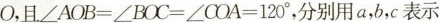
O，且$$∠ A O B =∠ B O C = ∠ C O A = 1 2 0 °$$，分别用a，b，c表示